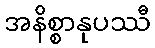
အနိစ္စာနုပဿီ